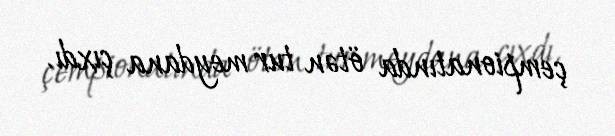
çempionatında ötən tur meydana çıxdı.